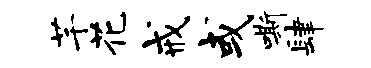
芊花戒或嘶肆